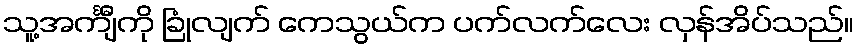
သူ့အင်္ကျီကို ခြုံလျက် ကေသွယ်က ပက်လက်လေး လှန်အိပ်သည်။